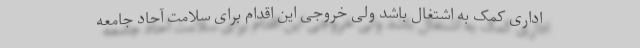
اداری کمک به اشتغال باشد ولی خروجی این اقدام برای سلامت آحاد جامعه